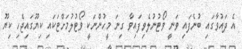
އެ ދައުވާގައި ބުނެފައި ވަނީ ވޯޓުނުލެވިފައިވާ ގިނަ މީހުންނަކީ ވޯޓުލުމަށްޓަކައި ކިޔޫގައިޖެހި ކިޔޫ